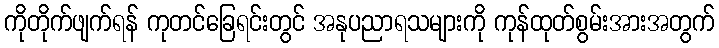
ကိုတိုက်ဖျက်ရန် ကုတင်ခြေရင်းတွင် အနုပညာရသများကို ကုန်ထုတ်စွမ်းအားအတွက်